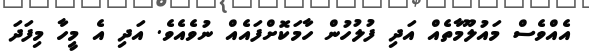
އެއްވެސް މައުލޫމާތެއް އަދި ފުލުހުން ހާމަކޮށްފައެއް ނުވެއެވެ. އަދި އެ މީހާ މިފަދަ